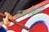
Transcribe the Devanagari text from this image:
जन्मःफेब्रुवारी